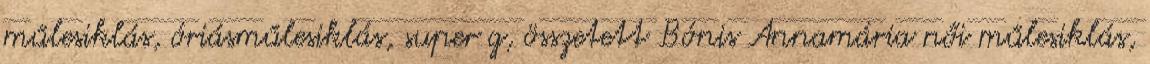
műlesiklás, óriásműlesiklás, super g, összetett Bónis Annamária női műlesiklás,